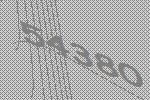
54380